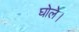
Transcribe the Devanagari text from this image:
घोले।